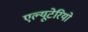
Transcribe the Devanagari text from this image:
एल्यूटेरियो